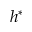
h ^ { * }